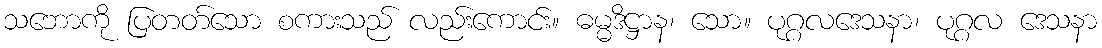
သဘောကို ပြတတ်သော စကားသည် လည်းကောင်း။ ဓမ္မဒိဋ္ဌာန၊ သော။ ပုဂ္ဂလဒေသနာ၊ ပုဂ္ဂလ ဒေသနာ